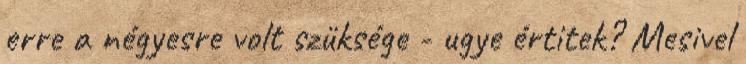
erre a négyesre volt szüksége - ugye értitek? Mesivel